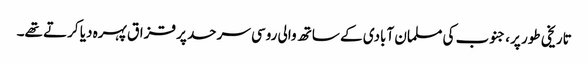
تاریخی طور پر، جنوب کی مسلمان آبادی کے ساتھ والی روسی سرحد پر قزاق پہرہ دیا کرتے تھے۔